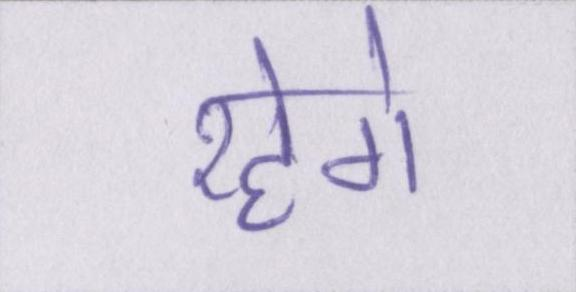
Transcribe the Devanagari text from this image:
रहेगे